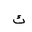
Letter: _kaf